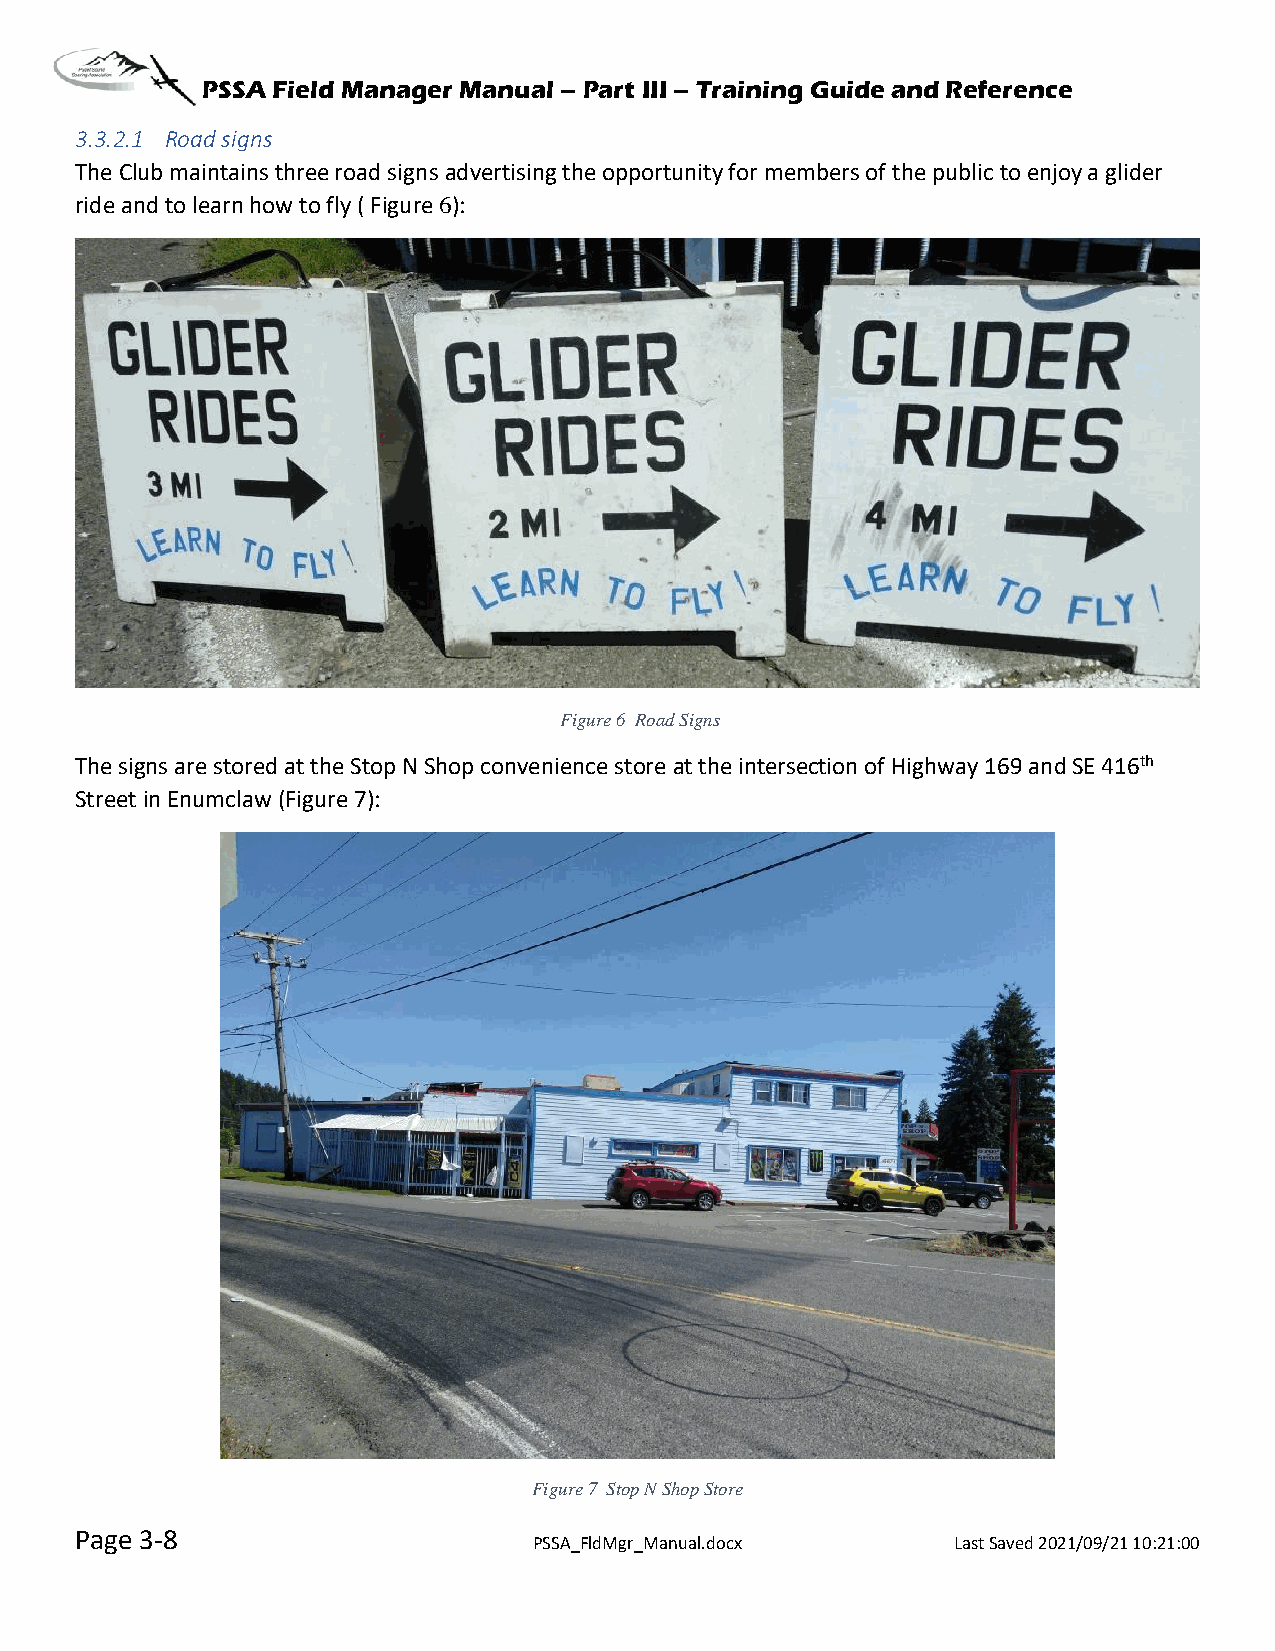
PSSA Field Manager Manual – Part III – Training Guide and Reference
 3.3.2.1 Road signs
 The Club maintains three road signs advertising the opportunity for members of the public to enjoy a glider
 ride and to learn how to fly ( Figure 6):
 Figure 6 Road Signs
 The signs are stored at the Stop N Shop convenience store at the intersection of Highway 169 and SE 416th
 Street in Enumclaw (Figure 7):
 Figure 7 Stop N Shop Store
 Page 3-8
 PSSA_FldMgr_Manual.docx     Last Saved 2021/09/21 10:21:00